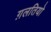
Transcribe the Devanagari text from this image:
ग़लतियो